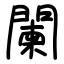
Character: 闌